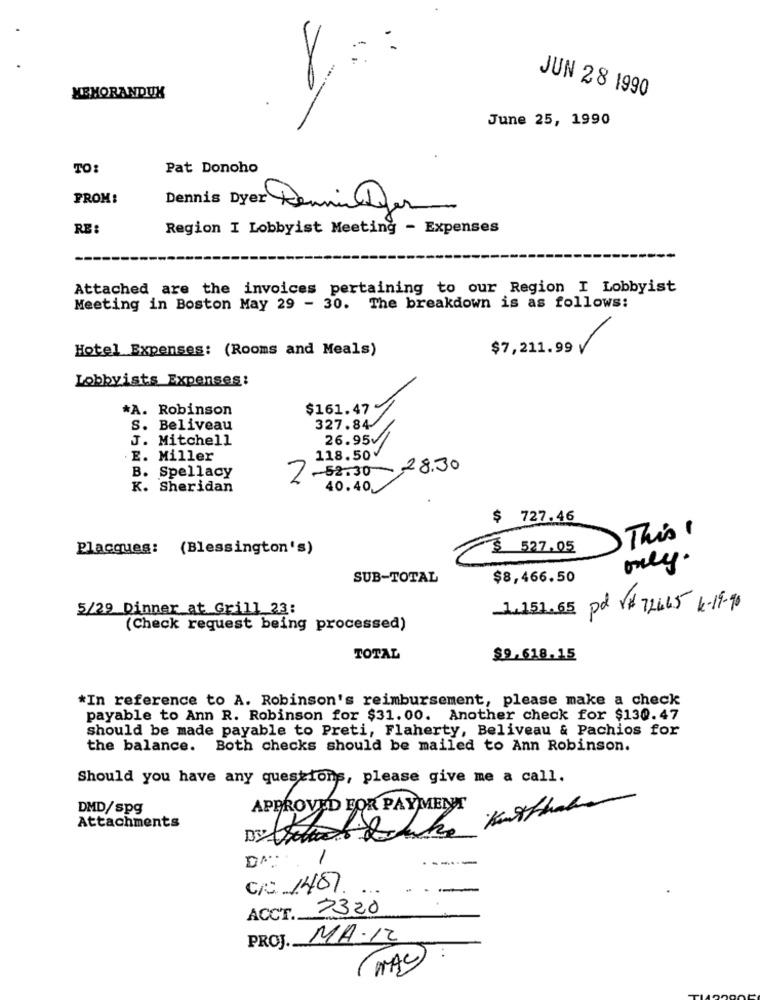
JUN 28 1990
MEMORANDUK
June 25, 1990
TO:
Pat Donoho
FROM:
Dennis Dyer Renmin for
RE :
Region I Lobbyist Meeting - Expenses
Attached are the invoices pertaining to our Region I Lobbyist
Meeting in Boston May 29 - 30. The breakdown is as follows:
Hotel Expenses: (Rooms and Meals)
$7,211.99
Lobbyists Expenses:
*A. Robinson
$161.47
S. Beliveau
327.84/
J. Mitchell
26.954/
E. Miller
118.50
2-52.30 28.30
B. Spellacy
K. Sheridan
40.40
$ 727.46
This 1
Placques: (Blessington's)
$ 527.05
only.
SUB-TOTAL
$8,466.50
5/29 Dinner at Grill 23:
1.151.65 pd V# 72465 K-19-90
(Check request being processed)
TOTAL
$9.618.15
*In reference to A. Robinson's reimbursement, please make a check
payable to Ann R. Robinson for $31.00. Another check for $130.47
should be made payable to Preti, Flaherty, Beliveau & Pachios for
the balance. Both checks should be mailed to Ann Robinson.
Should you have any questions, please give me a call.
DMD/spg
APPROVED FOR PAYMENT
Attachments
DA.
1
C/C: 1487
ACCT. 7320
PROJ. MA.12
..
(MAC)